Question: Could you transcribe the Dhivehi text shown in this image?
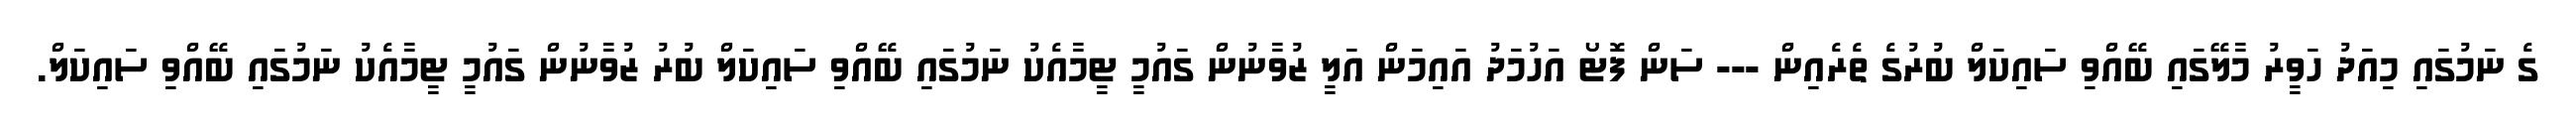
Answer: ގެ ނަމުގައި މިއަދު ހަވީރު މާލޭގައި ބޭއްވި ސައިކަލް ބުރުގެ ތެރެއިން --- ސަން ފޮޓޯ އަހުމަދު އައިމަން އަލީ ޒުވާނުން ގައުމީ ޓީމާއެކު ނަމުގައި ބޭއްވި ސައިކަލް ބުރު ޒުވާނުން ގައުމީ ޓީމާއެކު ނަމުގައި ބޭއްވި ސައިކަލް.